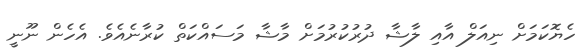
ހެޔޮކަމަށް ނިއަލް އާއި ލާޝާ ދުރުކުރުމަށް މާޝާ މަސައްކަތް ކުރާނެއެވެ. އެހެން ނޫނީ